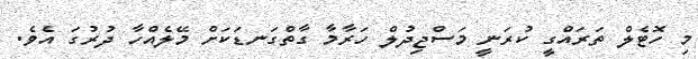
މި ހޮޓެލް ތަރައްގީ ކުރަނީ މަސްޖިދުލް ހަރާމާ ގާތްގަނޑަކަށް މޭލެއްހާ ދުރުގަ އެވެ.